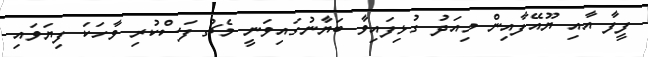
ފީފާ އާއި ޔޫއޭފާއިން މިއަދު ގުޅިފައިވާ ބަޔާނުގައިވަނީ މެޗު ފަސްކުރި ވާހަކަ ފިޔަވައި